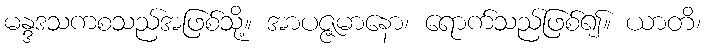
မန္ဒဒသကစသည်အဖြစ်သို့။ အာပဇ္ဇမာနော၊ ရောက်သည်ဖြစ်၍။ ယာတိ၊